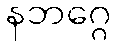
နဘဂ္ဂေ